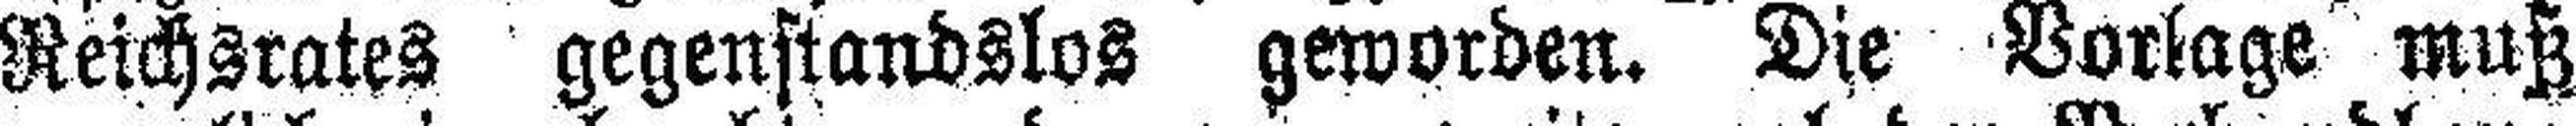
Reichsrates gegenstandslos geworden. Die Vorlage muß